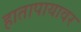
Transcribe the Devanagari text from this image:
हातापायावर